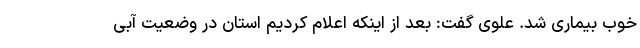
خوب بیماری شد. علوی گفت: بعد از اینکه اعلام کردیم استان در وضعیت آبی